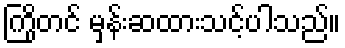
ကြိုတင် မှန်းဆထားသင့်ပါသည်။